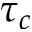
\tau _ { c }